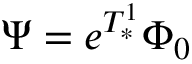
\Psi = e ^ { T _ { * } ^ { 1 } } \Phi _ { 0 }